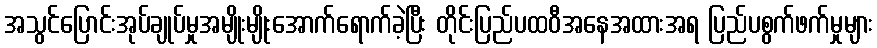
အသွင်ပြောင်းအုပ်ချုပ်မှုအမျိုးမျိုးအောက်ရောက်ခဲ့ပြီး တိုင်းပြည်ပထဝီအနေအထားအရ ပြည်ပစွက်ဖက်မှုများ